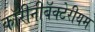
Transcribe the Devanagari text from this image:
कॉरीनीबॅक्टेरीयम